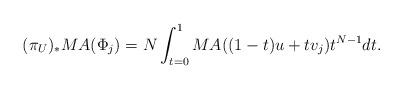
LaTeX: \begin{align*} (\pi_U)_*MA(\Phi_j)=N\int_{t=0}^1MA((1-t)u+tv_j)t^{N-1}dt.\end{align*}